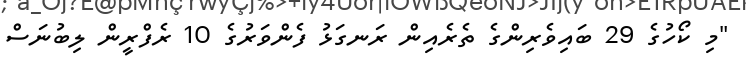
"މި ކޯހުގެ 29 ބައިވެރިންގެ ތެރެއިން ރަނގަޅު ފެންވަރުގެ 10 ރެފްރީން ލިބުނަސް